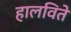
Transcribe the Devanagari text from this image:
हालविते